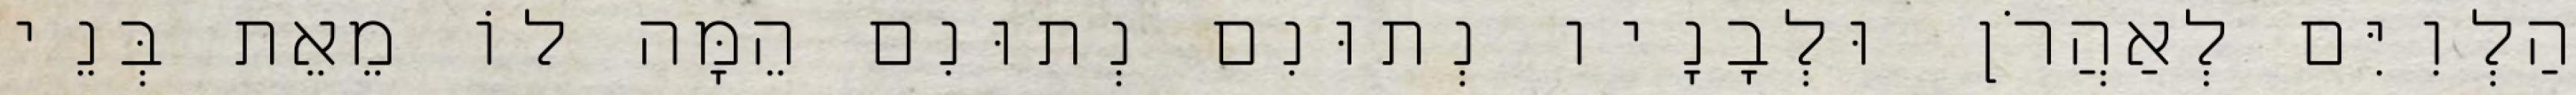
הַלְוִיִּם לְאַהֲרֹן וּלְבָנָיו נְתוּנִם נְתוּנִם הֵמָּה לוֹ מֵאֵת בְּנֵי